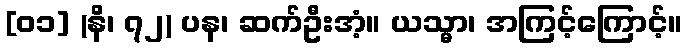
[၀၁] (နိ၊ ၇၂) ပန၊ ဆက်ဦးအံ့။ ယသ္မာ၊ အကြင့်ကြောင့်။